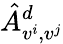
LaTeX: \hat{A}_{v^{i},v^{j}}^{d}